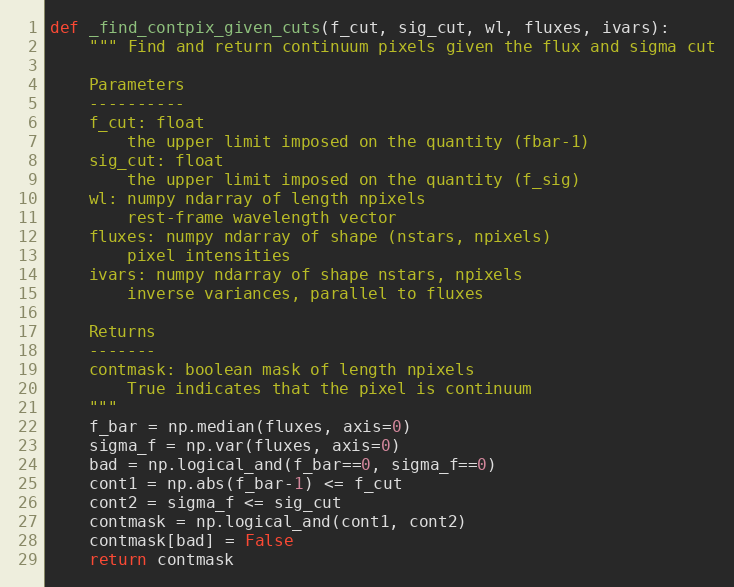
Language: Python
def _find_contpix_given_cuts(f_cut, sig_cut, wl, fluxes, ivars):
    """ Find and return continuum pixels given the flux and sigma cut

    Parameters
    ----------
    f_cut: float
        the upper limit imposed on the quantity (fbar-1)
    sig_cut: float
        the upper limit imposed on the quantity (f_sig)
    wl: numpy ndarray of length npixels
        rest-frame wavelength vector
    fluxes: numpy ndarray of shape (nstars, npixels)
        pixel intensities
    ivars: numpy ndarray of shape nstars, npixels
        inverse variances, parallel to fluxes

    Returns
    -------
    contmask: boolean mask of length npixels
        True indicates that the pixel is continuum
    """
    f_bar = np.median(fluxes, axis=0)
    sigma_f = np.var(fluxes, axis=0)
    bad = np.logical_and(f_bar==0, sigma_f==0)
    cont1 = np.abs(f_bar-1) <= f_cut
    cont2 = sigma_f <= sig_cut
    contmask = np.logical_and(cont1, cont2)
    contmask[bad] = False
    return contmask